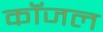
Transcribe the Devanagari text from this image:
कॉजल